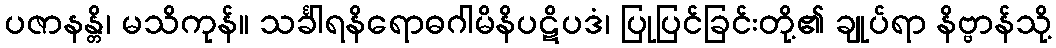
ပဇာနန္တိ၊ မသိကုန်။ သင်္ခါရနိရောဓဂါမိနိပဋိပဒံ၊ ပြုပြင်ခြင်းတို့၏ ချုပ်ရာ နိဗ္ဗာန်သို့